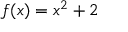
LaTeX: f ( x ) = x ^ { 2 } + 2